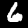
Digit: 6